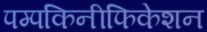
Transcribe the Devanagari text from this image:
पम्पकिनीफिकेशन